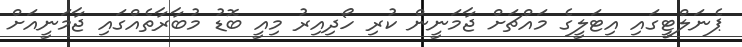
ޕެނަލްޓީގައި އިޓަލީގެ މައްޗަށް ޖާމަނީން ކުރި ހޯދިއިރު މިއީ ބޮޑު މުބާރާތެއްގައި ޖާމަނީއަށް